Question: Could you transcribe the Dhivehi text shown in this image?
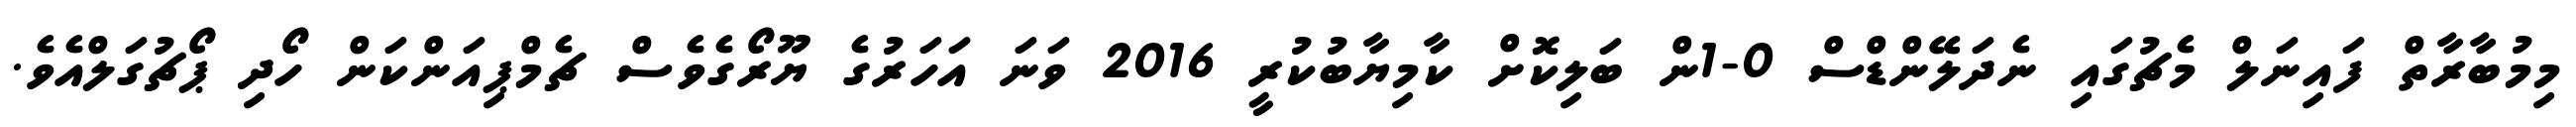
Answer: މިމުބާރާތް ފައިނަލް މެޗުގައި ނެދަލޭންޑްސް 0-1ން ބަލިކޮށް ކާމިޔާބުކުރީ 2016 ވަނަ އަހަރުގެ ޔޫރޯގެވެސް ޗެމްޕިއަންކަން ހޯދި ޕޯޗުގަލްއެވެ.